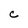
Character: C